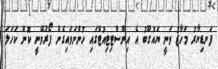
ފަނޑިޔާރު މަހާޒު ވަނީ ޔައުގޫބު އެ އިންސްޓިޓިއުޓްގައި ހުންނަވައިގެން ފޯރުވޭނީ ކޮން ކަހަލަ